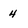
Character: 4